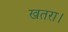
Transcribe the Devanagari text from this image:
खतरा।